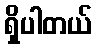
ရှိပါတယ်